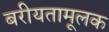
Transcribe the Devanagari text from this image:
बरीयतामूलक